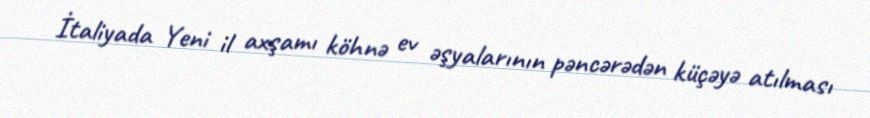
İtaliyada Yeni il axşamı köhnə ev əşyalarının pəncərədən küçəyə atılması